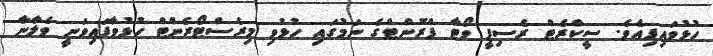
ހުޅުވައިފިއެވެ. ސީކްރެޓް ރެސިޕީ ވޯޓާ ފްރޮންޓްގެ ނަމުގައި ހުޅުވި މިރެސްޓޯރެންޓް ހުޅުވާފައިވަނީ ވެލާނާ